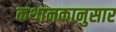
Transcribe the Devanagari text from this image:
कथानकानुसार